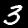
Label: 3